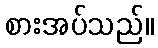
စားအပ်သည်။